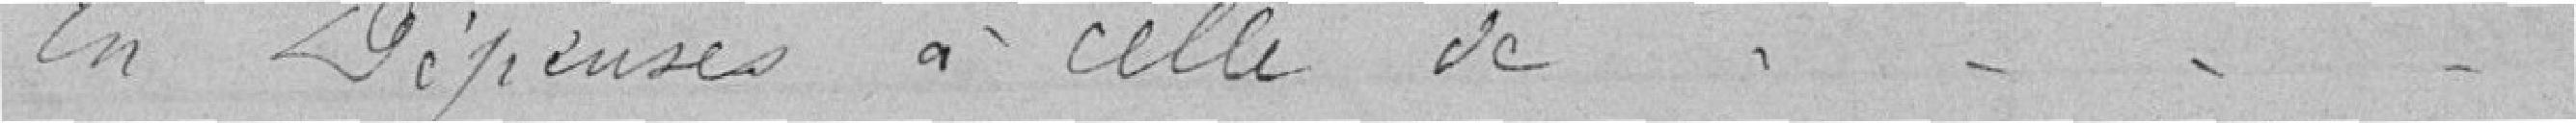
En Dépenses à celle de